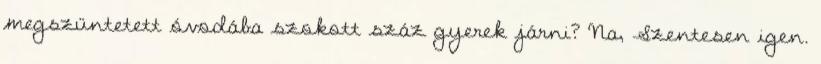
megszüntetett óvodába szokott száz gyerek járni? Na, Szentesen igen.